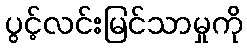
ပွင့်လင်းမြင်သာမှုကို